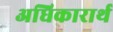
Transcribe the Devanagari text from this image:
अधिकारार्थ